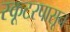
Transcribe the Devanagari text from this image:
स्कूटरपासून